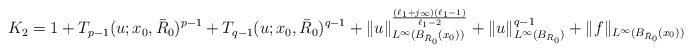
LaTeX: \begin{align*} K_2=1+T_{p-1}(u;x_0,\bar R_0)^{p-1} +T_{q-1}(u;x_0,\bar R_0)^{q-1} +\|u\|^{\frac{(\ell_1+j_\infty)(\ell_1-1)}{\ell_1-2}}_{L^\infty(B_{\bar R_0}(x_0))}+\| u \|^{q-1}_{L^\infty(B_{R_0})} +\|f\|_{L^\infty(B_{\bar R_0}(x_0))} \end{align*}